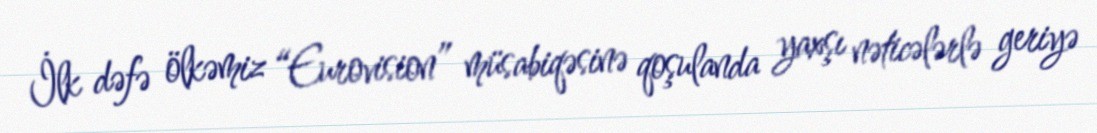
İlk dəfə ölkəmiz “Eurovision” müsabiqəsinə qoşulanda yaxşı nəticələrlə geriyə